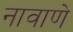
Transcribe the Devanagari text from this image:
नावाणे